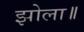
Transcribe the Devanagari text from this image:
झोला॥